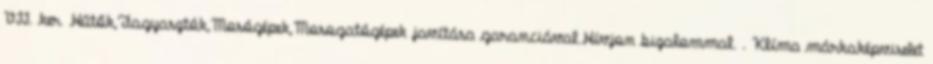
VII. ker. Hűtők,Fagyasztók,Mosógépek,Mosogatógépek javítása garanciával.Hívjon bizalommal. . Klíma márkaképviselet